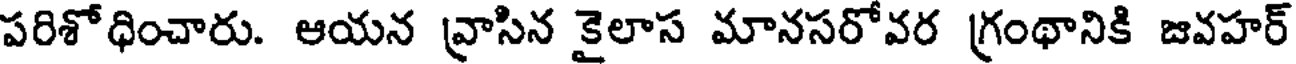
పరిశోధించారు. ఆయన వ్రాసిన కైలాస మానసరోవర గ్రంథానికి జవహర్